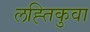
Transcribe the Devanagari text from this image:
लह्तिकुवा